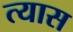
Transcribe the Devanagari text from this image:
त्‍यास